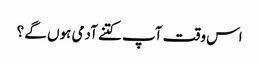
اس وقت آپ کتنے آدمی ہوں گے ؟